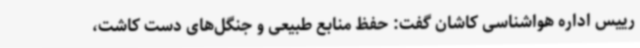
رییس اداره هواشناسی کاشان گفت: حفظ منابع طبیعی و جنگل‌های دست کاشت،